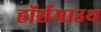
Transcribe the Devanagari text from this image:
हॉर्समाउथ